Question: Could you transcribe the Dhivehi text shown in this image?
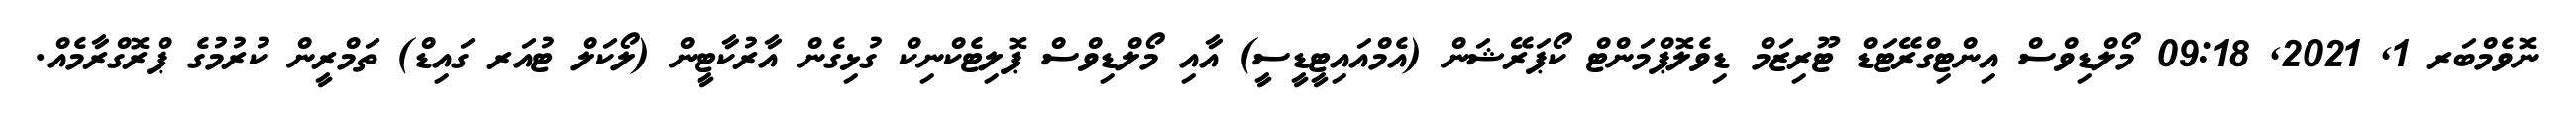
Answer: ނޮވެމްބަރ 1, 2021, 09:18 މޯލްޑިވްސް އިންޓިގްރޭޓަޑް ޓޫރިޒަމް ޑިވެލޮޕްމަންޓް ކޯޕަރޭޝަން (އެމްއައިޓީޑީސީ) އާއި މޯލްޑިވްސް ޕޮލިޓެކްނިކް ގުޅިގެން އާރުކާޓީން (ލޯކަލް ޓުއަރ ގައިޑް) ތަމްރީން ކުރުމުގެ ޕްރޮގްރާމެއް.